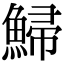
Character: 鯞